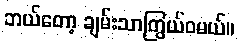
ဘယ်တော့ ချမ်းသာကြွယ်ဝမယ်။